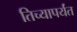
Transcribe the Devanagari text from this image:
तिच्यापर्यंत